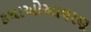
કથાઓઆવરણ